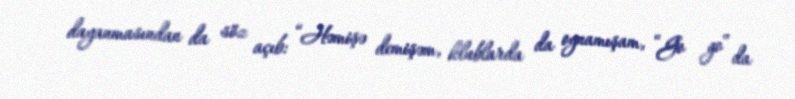
dayanmasından da söz açıb: “Həmişə demişəm, klublarda da oynamışam, “Go go” da